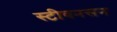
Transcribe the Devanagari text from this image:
स्टीवनसन